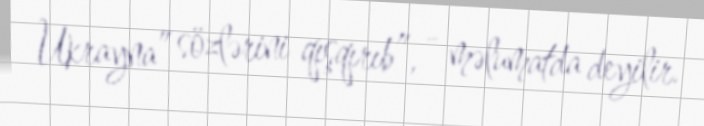
Ukrayna” sözlərini qışqırıb”, - məlumatda deyilir.